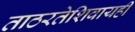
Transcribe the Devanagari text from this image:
ताठरतेशिवायही